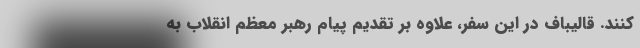
کنند. قالیباف در این سفر، علاوه بر تقدیم پیام رهبر معظم انقلاب به